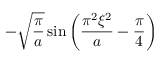
- { \sqrt { \frac { \pi } { a } } } \sin \left( { \frac { \pi ^ { 2 } \xi ^ { 2 } } { a } } - { \frac { \pi } { 4 } } \right)